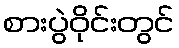
စားပွဲဝိုင်းတွင်